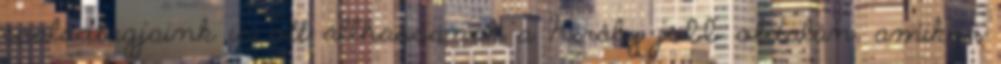
családtagjaink is ott állhassanak a Király jobb oldalán, amikor